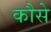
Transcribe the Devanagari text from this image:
कौसे